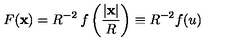
F ( \mathbf { x } ) = R ^ { - 2 } \: f \left( { \frac { | \mathbf { x } | } { R } } \right) \equiv R ^ { - 2 } f ( u )